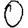
Digit: 0